Aleksander_Warma, lk 12
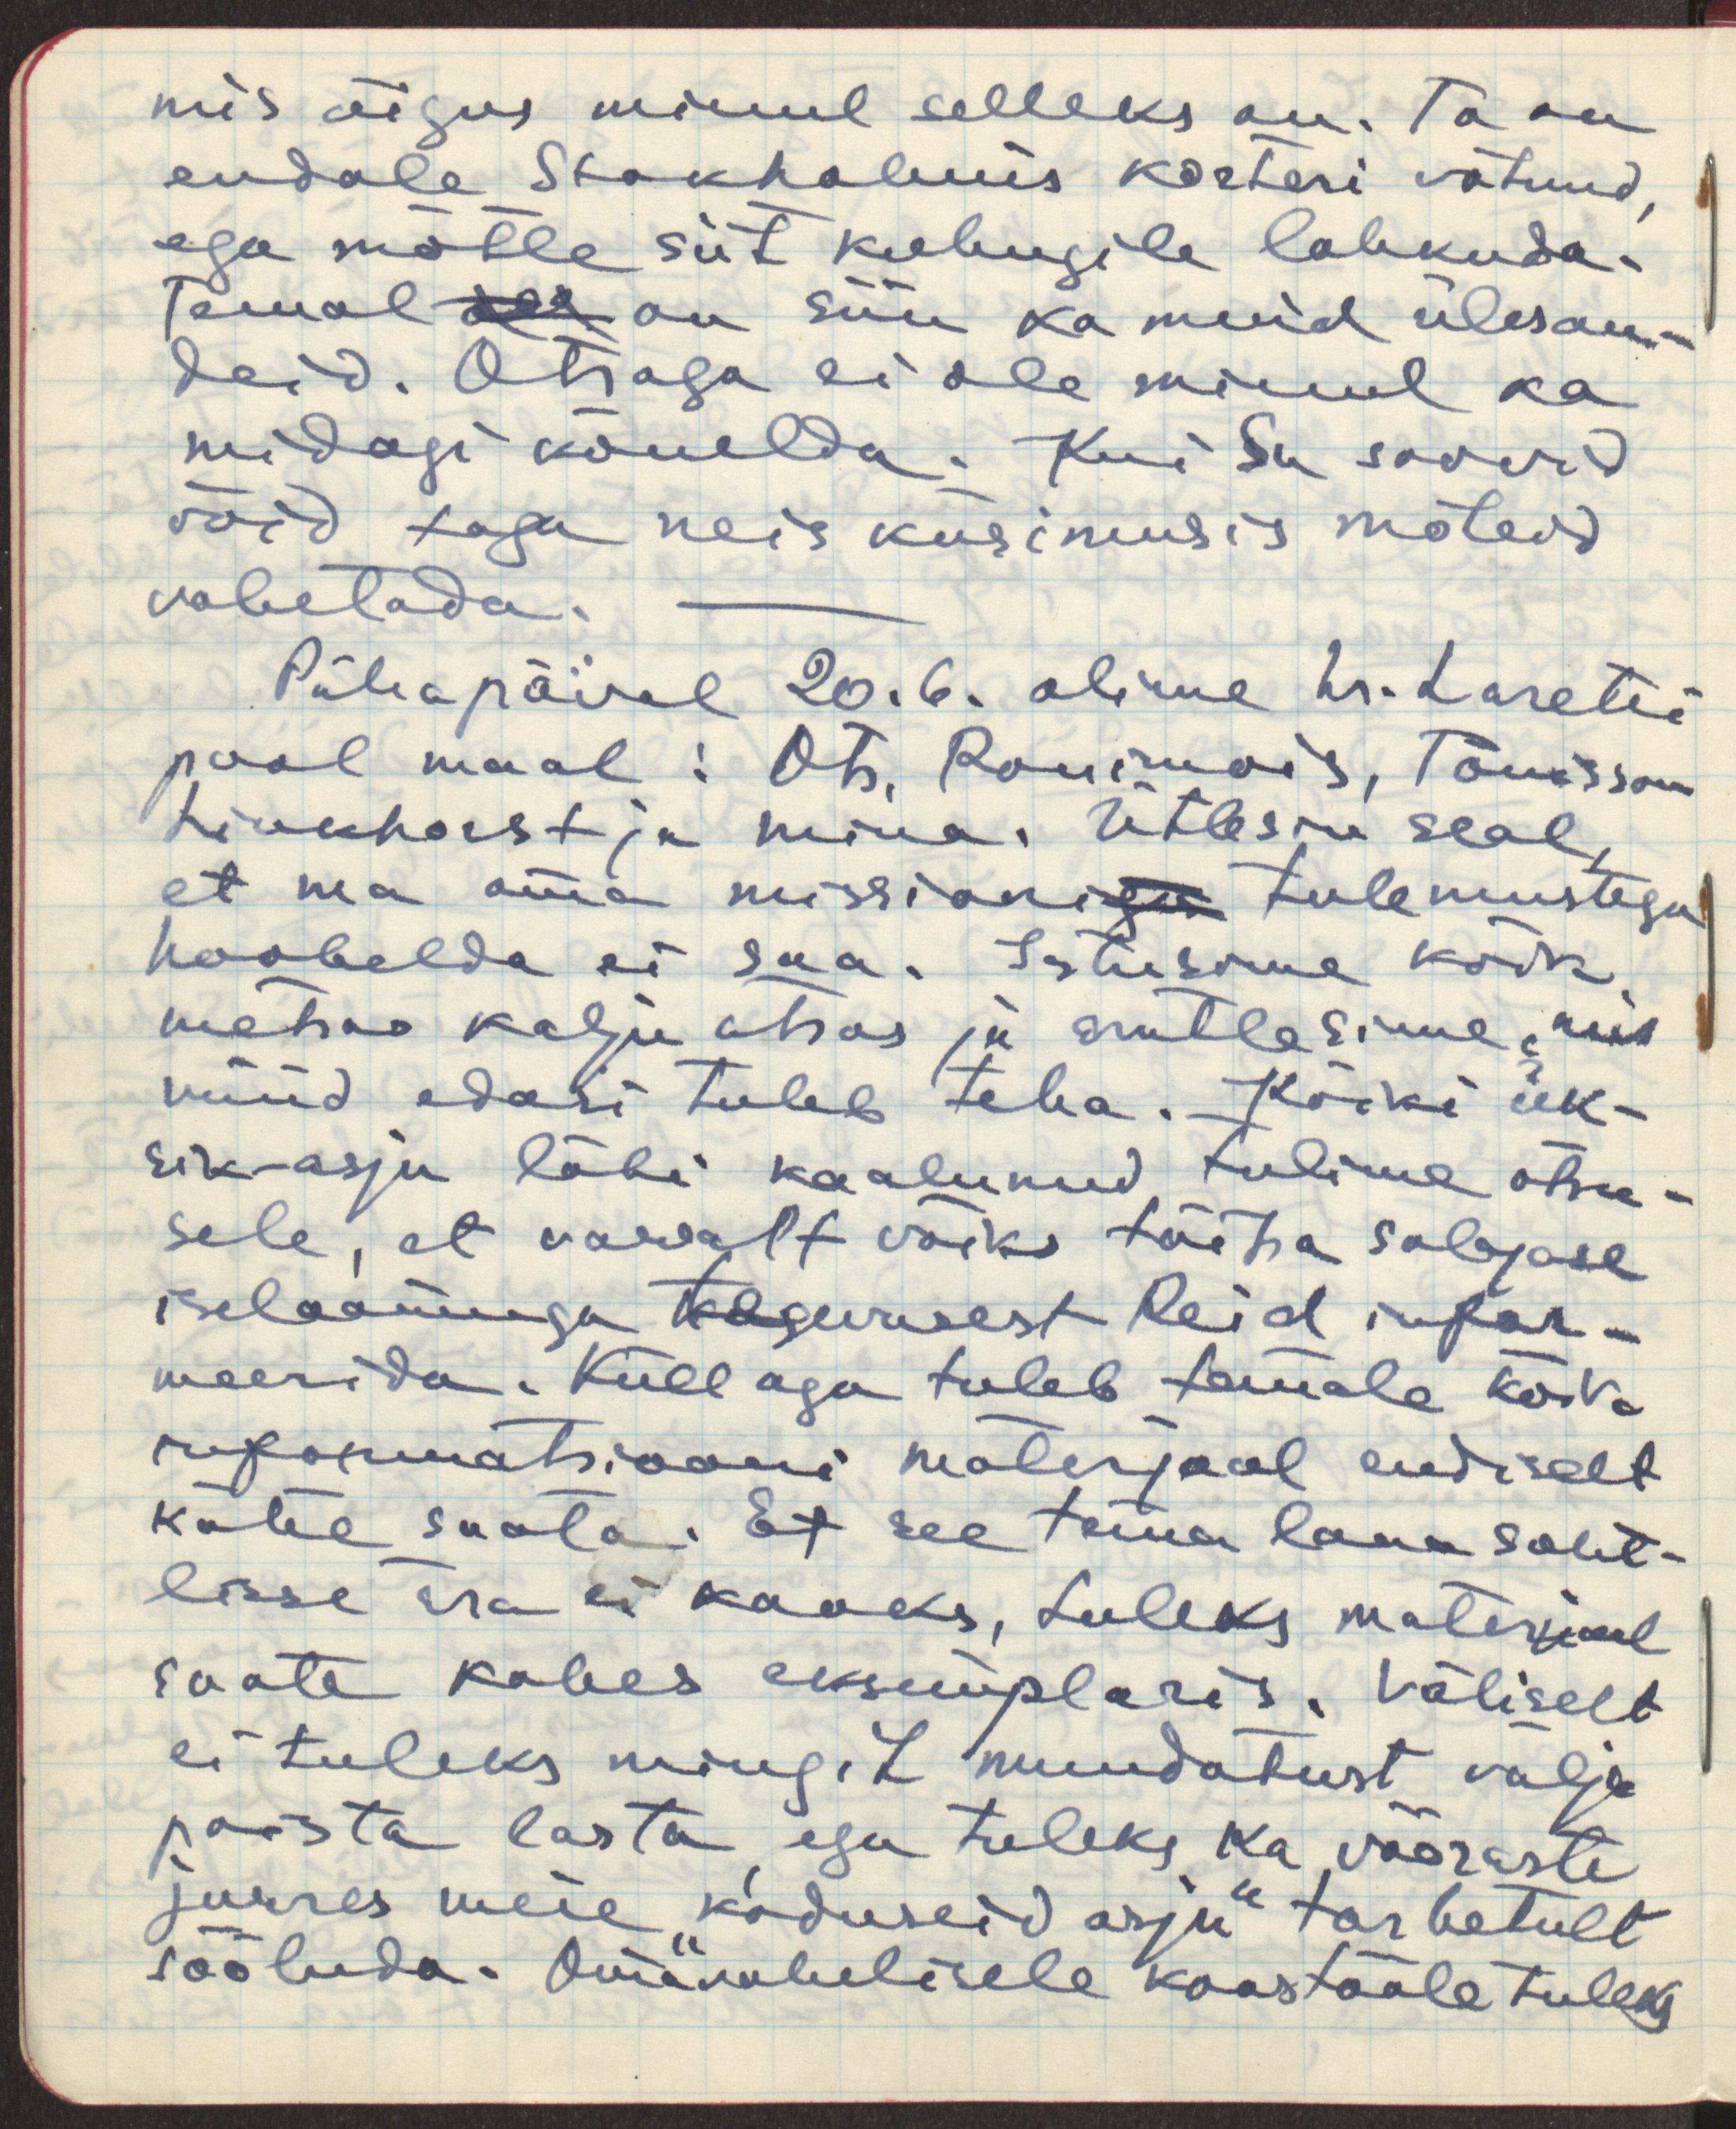
mis õigus minul selleks on. Ta on
endale Stokholmis korteri võtnud,
ega mõtle siit kuhugile lahkuda.
Temal oll on siin ka muid ülesan-
deid. Otsaga ei ole minul ka
midagi kõnelda. Kui Sa soovid
võid taga neis küsimustes mõteid
vahetada.
Pühapäival 20.6 olime hr. Laretei
pool maal: Ots, Ronimois, Tõnisson
Linkhorst ja mina. Ütlesin seal,
et ma oma missioniga tulemustega
hoobelda ei saa. Istusime kõik
metsas kalju otsas ja arutlesime, mis
nüüd edasi tuleb teha. Kõiki ük-
sikasju läbi kaalunud tulime otsu-
sele, et vaevalt võiks täitsa salajase
iseloomuga tegevusest Reid infor-
meerida. Küll aga tuleb temale kõik
informatsiooni materjaal endiselt
kätte saata. Et see tema laua saht-
lisse ära ei kaoks, tuleks materjaal
saata kahes eksemplaris. Väliselt
ei tuleks mingit muudatust välja
paista lasta, ega tuleks ka võõraste
juures meie "koduseid asju" tarbetult
sõõluda. Omavahelisele kaastööle tuleks